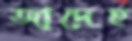
জাদেহ